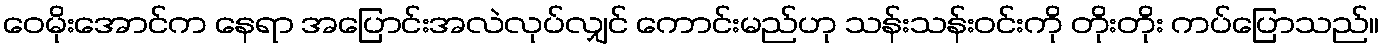
ဝေမိုးအောင်က နေရာ အပြောင်းအလဲလုပ်လျှင် ကောင်းမည်ဟု သန်းသန်းဝင်းကို တိုးတိုး ကပ်ပြောသည်။